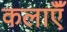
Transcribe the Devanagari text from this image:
कलाऍँ